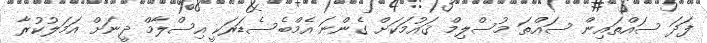
ފަދަ ސައްތައިން ސައްތަ މުސްލިމް ޤައުމަކަށް ގެންނަ އެމްބެސެޑަރަކީ އިސްލާމް ދީނަށް އަމަލުކުރާ